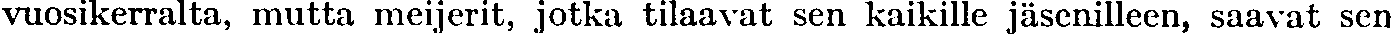
vuosikerralta, mutta meijerit, jotka tilaavat sen kaikille jäsenilleen, saavat sen